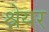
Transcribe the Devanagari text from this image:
श्नेयर